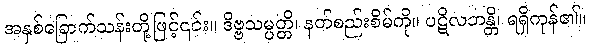
အနှစ်ခြောက်သန်းတို့ဖြင့်၎င်း။ ဒိဗ္ဗသမ္ပတ္တိ၊ နတ်စည်းစိမ်ကို။ ပဋိလဘန္တိ၊ ရရှိကုန်၏။